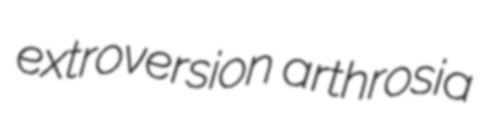
extroversion arthrosia